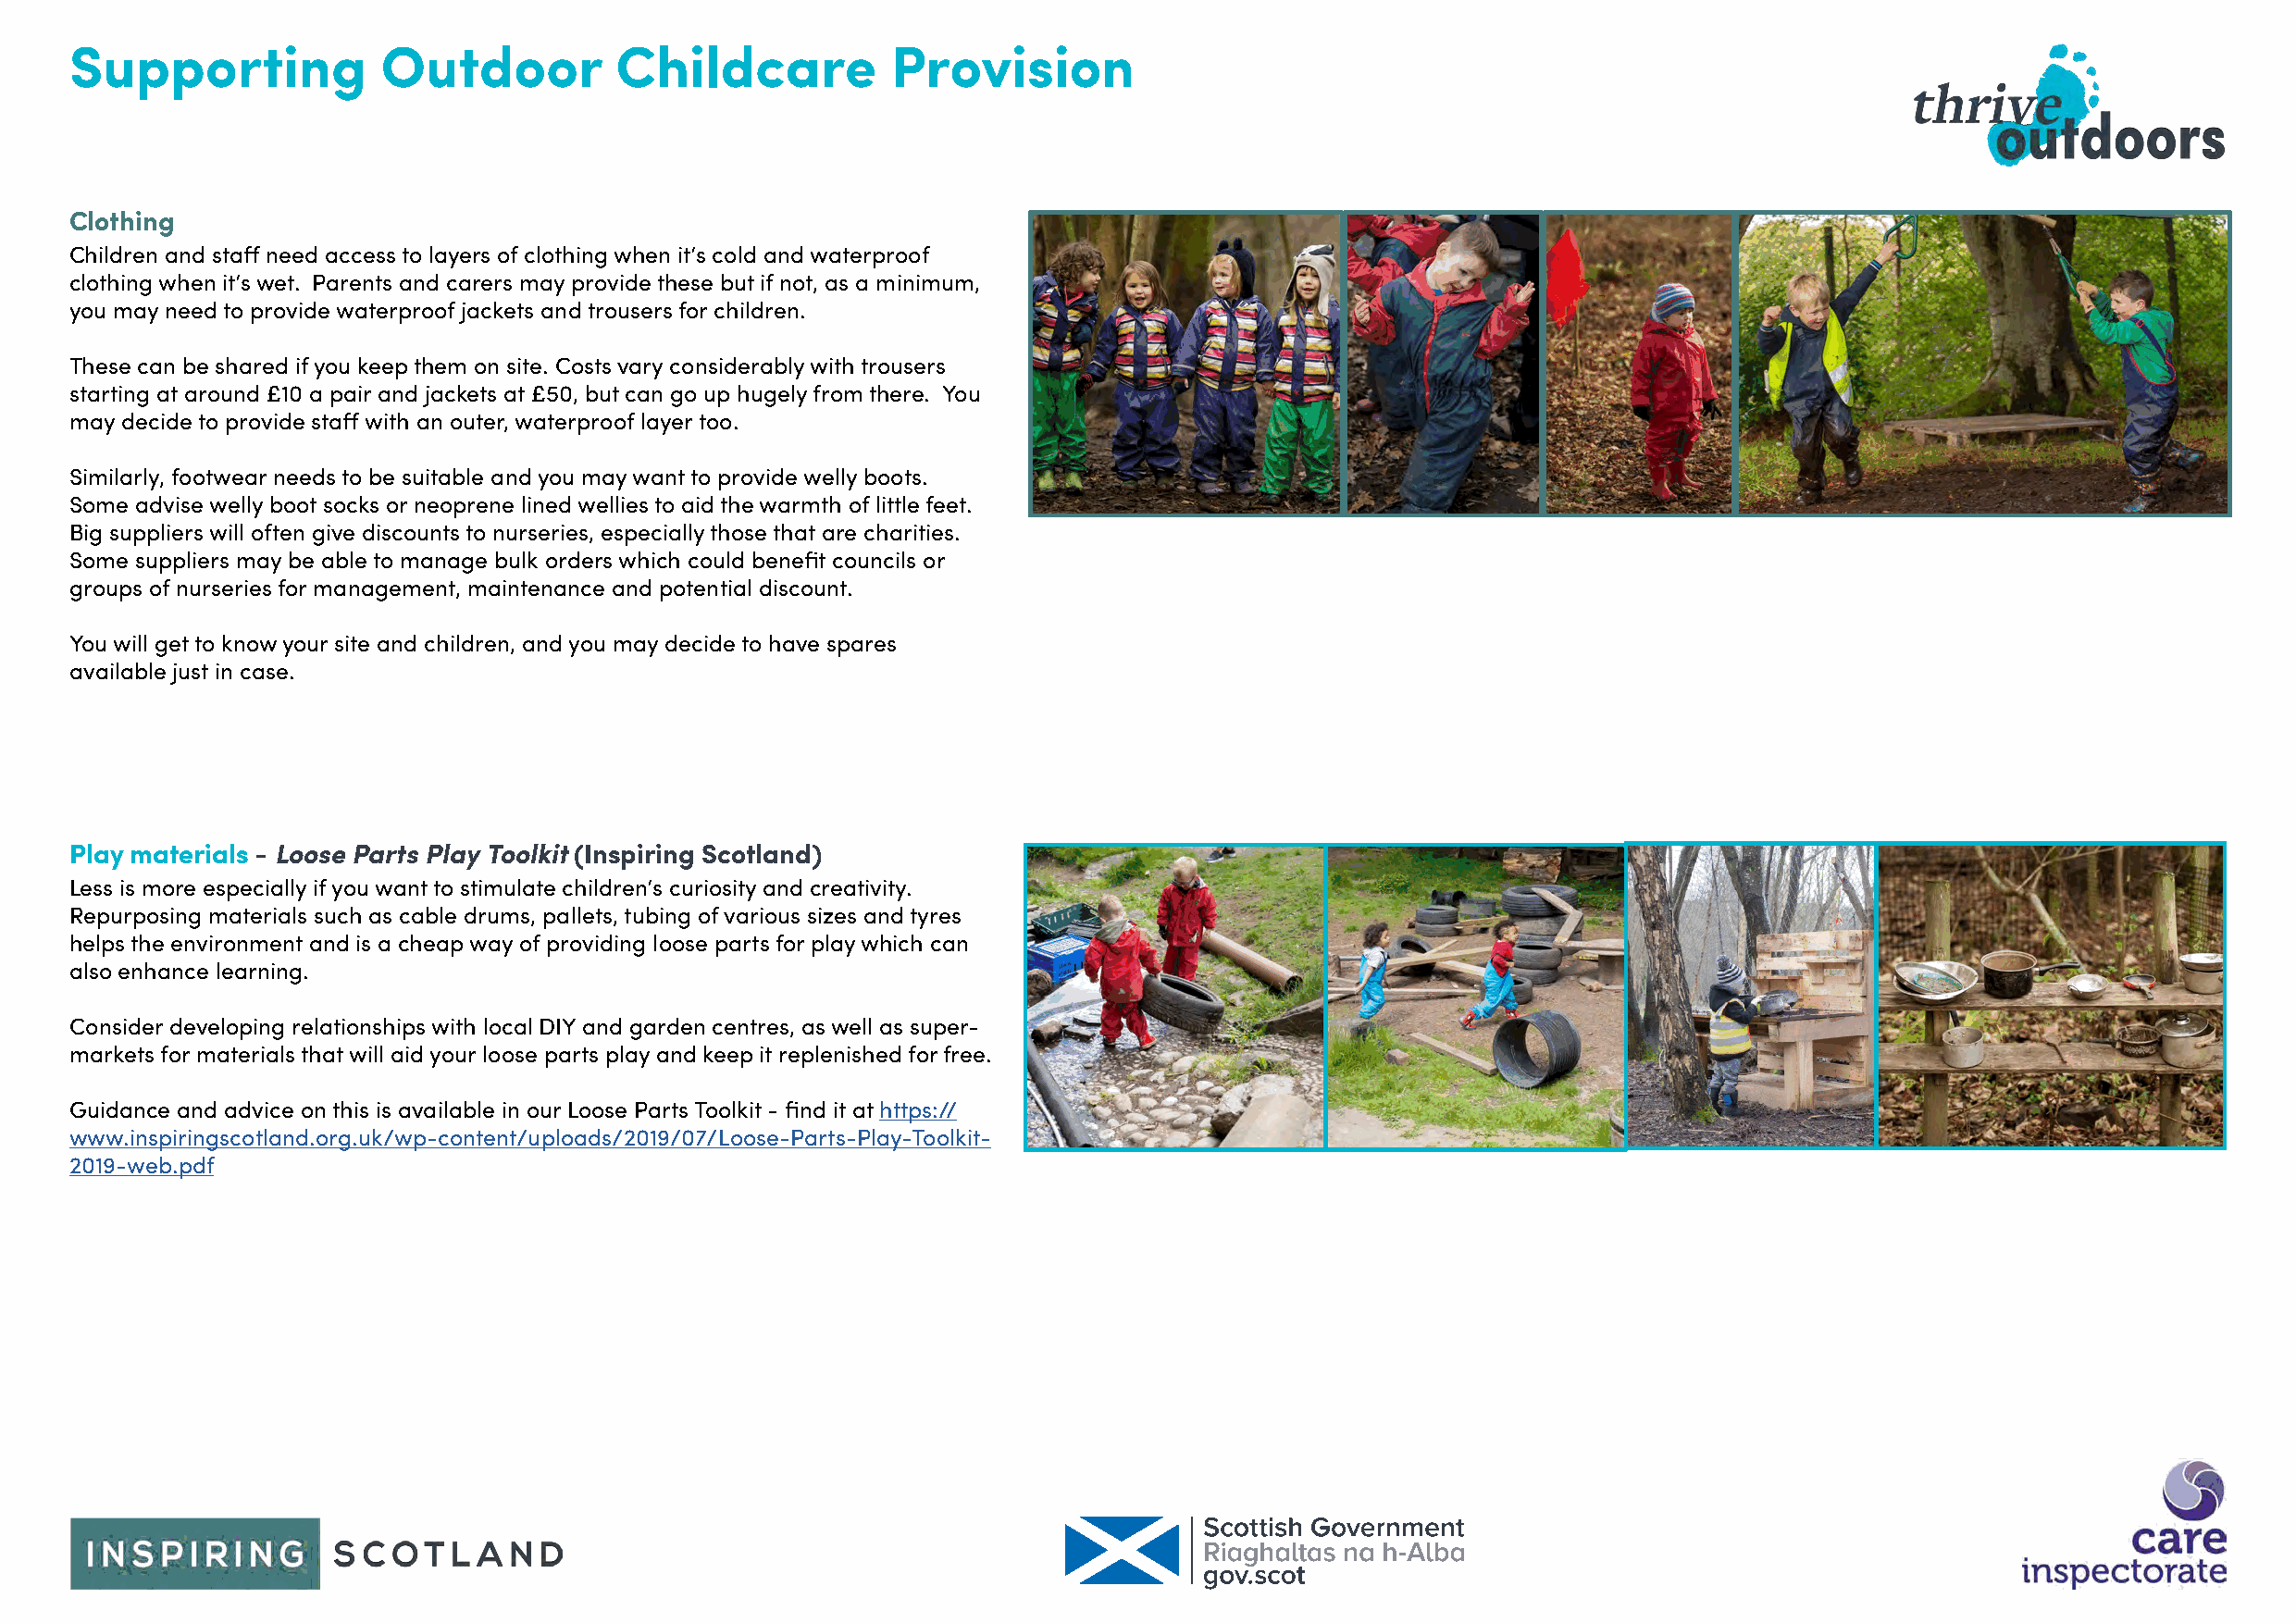
Supporting            Outdoor          Childcare           Provision
 Clothing
 Children and staff need access to layers of clothing when it’s cold and waterproof
 clothing when it’s wet. Parents and carers may provide these but if not, as a minimum,
 you may need to provide waterproof jackets and trousers for children.
 These can be shared if you keep them on site. Costs vary considerably with trousers
 starting at around £10 a pair and jackets at £50, but can go up hugely from there. You
 may decide to provide staff with an outer, waterproof layer too.
 Similarly, footwear needs to be suitable and you may want to provide welly boots.
 Some advise welly boot socks or neoprene lined wellies to aid the warmth of little feet.
 Big suppliers will often give discounts to nurseries, especially those that are charities.
 Some suppliers may be able to manage bulk orders which could benefit councils or
 groups of nurseries for management, maintenance and potential discount.
 You will get to know your site and children, and you may decide to have spares
 available just in case.
 Play materials - Loose Parts Play Toolkit (Inspiring Scotland)
 Less is more especially if you want to stimulate children’s curiosity and creativity.
 Repurposing materials such as cable drums, pallets, tubing of various sizes and tyres
 helps the environment and is a cheap way of providing loose parts for play which can
 also enhance learning.
 Consider developing relationships with local DIY and garden centres, as well as super-
 markets for materials that will aid your loose parts play and keep it replenished for free.
 Guidance and advice on this is available in our Loose Parts Toolkit - find it at https://
 www.inspiringscotland.org.uk/wp-content/uploads/2019/07/Loose-Parts-Play-Toolkit-
 2019-web.pdf